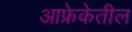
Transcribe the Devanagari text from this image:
आफ्रेकेतील